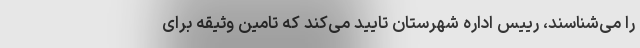
را می‌شناسند، رییس اداره شهرستان تایید می‌کند که تامین وثیقه برای